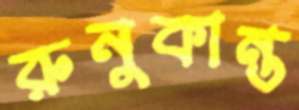
রুনুকান্ত